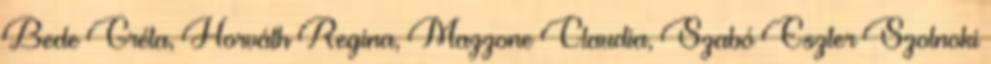
Bede Gréta, Horváth Regina, Mazzone Claudia, Szabó Eszter Szolnoki